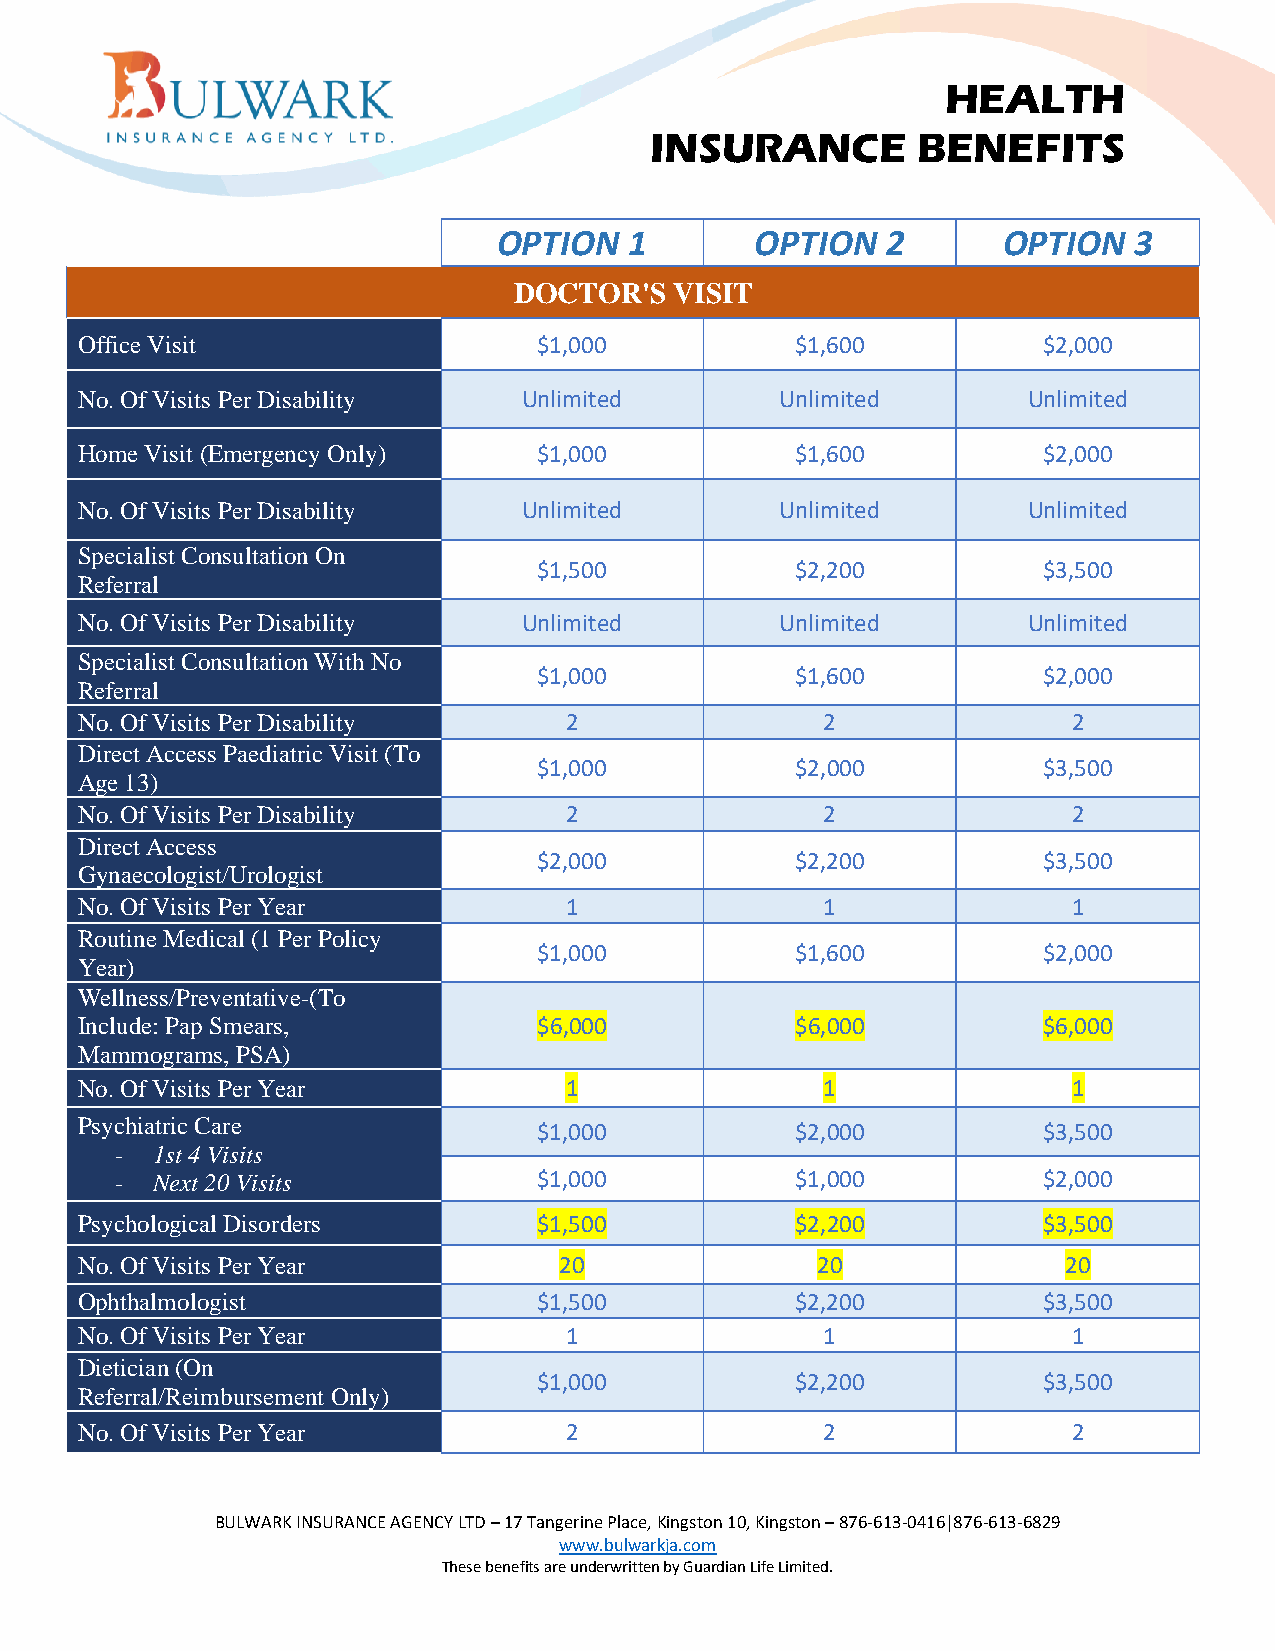
HEALTH
 INSURANCE         BENEFITS
 OPTION   1       OPTION   2      OPTION   3
 DOCTOR'S   VISIT
 Office Visit                   $1,000           $1,600          $2,000
 No. Of Visits Per Disability  Unlimited        Unlimited       Unlimited
 Home Visit (Emergency Only)    $1,000           $1,600          $2,000
 No. Of Visits Per Disability  Unlimited        Unlimited       Unlimited
 Specialist Consultation On
 $1,500           $2,200          $3,500
 Referral
 No. Of Visits Per Disability  Unlimited        Unlimited       Unlimited
 Specialist Consultation With No
 $1,000           $1,600          $2,000
 Referral
 No. Of Visits Per Disability    2                2                2
 Direct Access Paediatric Visit (To
 $1,000           $2,000          $3,500
 Age 13)
 No. Of Visits Per Disability    2                2                2
 Direct Access
 $2,000           $2,200          $3,500
 Gynaecologist/Urologist
 No. Of Visits Per Year          1                1                1
 Routine Medical (1 Per Policy
 $1,000           $1,600          $2,000
 Year)
 Wellness/Preventative-(To
 Include: Pap Smears,           $6,000           $6,000          $6,000
 Mammograms, PSA)
 No. Of Visits Per Year          1                1                1
 Psychiatric Care
 $1,000           $2,000          $3,500
 - 1st 4 Visits
 - Next 20 Visits            $1,000           $1,000          $2,000
 Psychological Disorders        $1,500           $2,200          $3,500
 No. Of Visits Per Year          20               20               20
 Ophthalmologist                $1,500           $2,200          $3,500
 No. Of Visits Per Year          1                1                1
 Dietician (On
 $1,000           $2,200          $3,500
 Referral/Reimbursement Only)
 No. Of Visits Per Year          2                2                2
 BULWARK INSURANCE AGENCY LTD – 17 Tangerine Place, Kingston 10, Kingston – 876-613-0416|876-613-6829
 www.bulwarkja.com
 These benefits are underwritten by Guardian Life Limited.